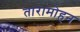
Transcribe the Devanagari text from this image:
तारामोहन